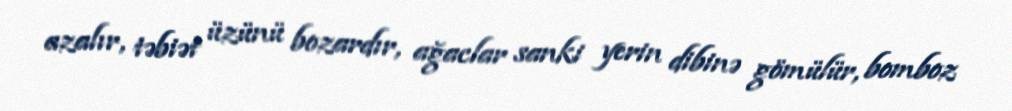
azalır, təbiət üzünü bozardır, ağaclar sanki yerin dibinə gömülür, bomboz